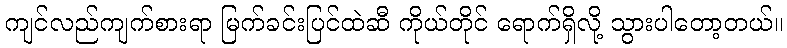
ကျင်လည်ကျက်စားရာ မြက်ခင်းပြင်ထဲဆီ ကိုယ်တိုင် ရောက်ရှိလို့ သွားပါတော့တယ်။